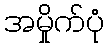
အမှိုက်ပုံ